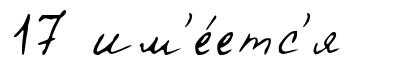
17 им'е́етс'я